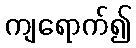
ကျရောက်၍